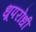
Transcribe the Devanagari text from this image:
धूपरोधी